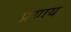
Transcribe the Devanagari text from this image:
प्रयाय